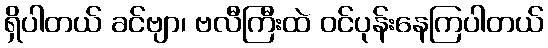
ရှိပါတယ် ခင်ဗျာ၊ ဗလီကြီးထဲ ဝင်ပုန်းနေကြပါတယ်